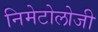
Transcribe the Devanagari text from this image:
निमेटोलोजी